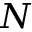
N